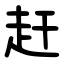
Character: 赶